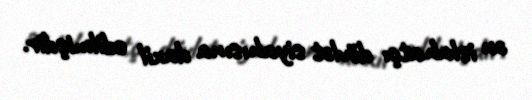
ən islahatçı dövlət siyahısına daxil edilmişdir.